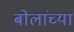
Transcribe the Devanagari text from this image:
बोलांच्या